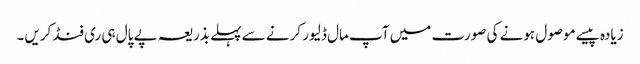
زیادہ پیسے موصول ہونے کی صورت میں آپ مال ڈلیور کرنے سے پہلے بذریعہ پے پال ہی ری فنڈ کریں۔